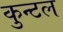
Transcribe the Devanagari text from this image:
कुन्टल